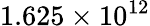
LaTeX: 1.625\times 10^{12}